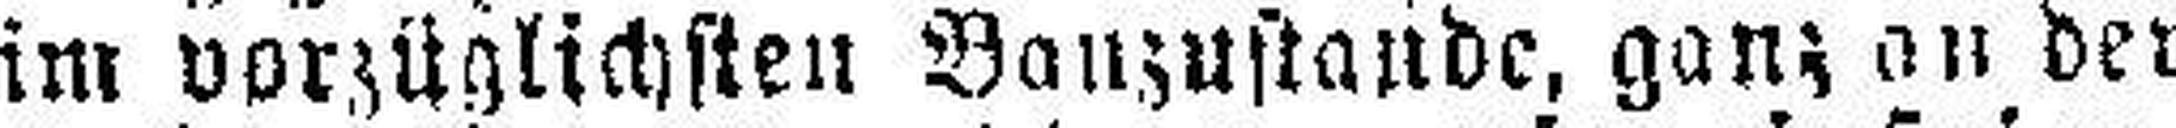
im vorzüglichsten Banzustande, ganz an der